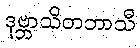
ဒုဗ္ဘာသိတဘာသီ